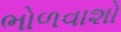
ભોળવાશો